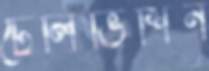
টেলিভিশিন